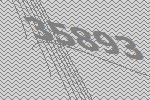
35893